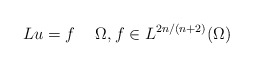
\begin{align*}L u = f \quad\;\Omega,f \in L^{2n/(n+2)}(\Omega)\end{align*}